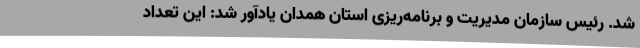
شد. رئیس سازمان مدیریت و برنامه‌ریزی استان همدان یادآور شد: این تعداد